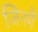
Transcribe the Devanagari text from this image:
जिनमैं